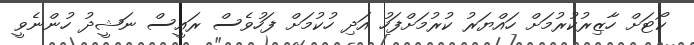
ކޯޓަށް ހާޒިރުކުރުމަށް ހައްޔަރު ކުރުމަށްފަހު އަދި ހުކުމަށް ފަހުވެސް ރައީސް ނަޝީދު ހުންނެވީ